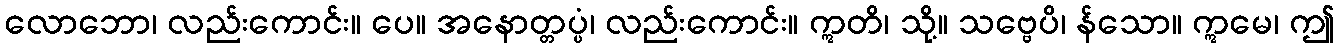
လောဘော၊ လည်းကောင်း။ ပေ။ အနောတ္တပ္ပံ၊ လည်းကောင်း။ ဣတိ၊ သို့။ သဗ္ဗေပိ၊ န်သော။ ဣမေ၊ ဤ